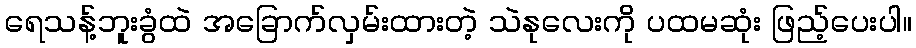
ရေသန့်ဘူးခွံထဲ အခြောက်လှမ်းထားတဲ့ သဲနုလေးကို ပထမဆုံး ဖြည့်ပေးပါ။